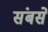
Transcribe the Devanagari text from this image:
संबसे